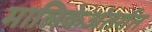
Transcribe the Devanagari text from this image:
मालिकेअंतर्गत